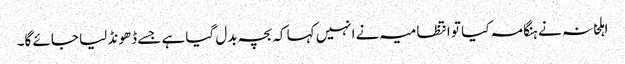
اہلخانہ نے ہنگامہ کیا تو انتظامیہ نے انہیں کہا کہ بچہ بدل گیا ہے جسے ڈھونڈ لیا جائے گا۔